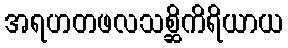
အရဟတဖလသစ္ဆိကိရိယာယ